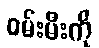
ဝမ်းမီးကို